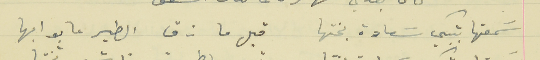
سَمعتها بتبكي سَعادة بختها                                  قبل ما زق الطير عا بوابها